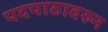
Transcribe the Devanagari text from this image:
पदपाठावरुन